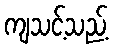
ကျသင့်သည့်